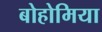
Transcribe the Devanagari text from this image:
बोहोमिया